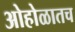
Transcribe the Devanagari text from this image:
ओहोळातच